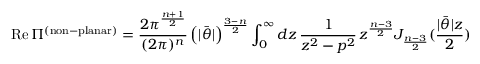
\mathrm { R e } \, \Pi ^ { \mathrm { ( n o n \mathrm { - } p l a n a r ) } } = \frac { 2 \pi ^ { \frac { n + 1 } { 2 } } } { ( 2 \pi ) ^ { n } } \left( | \bar { \theta } | \right) ^ { \frac { 3 - n } { 2 } } \int _ { 0 } ^ { \infty } d z \, \frac { 1 } { z ^ { 2 } - p ^ { 2 } } \, z ^ { \frac { n - 3 } { 2 } } J _ { \frac { n - 3 } { 2 } } ( \frac { | \bar { \theta } | z } { 2 } )